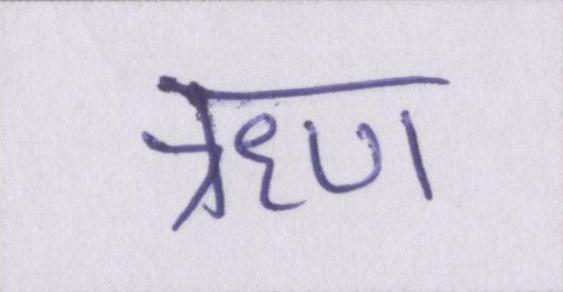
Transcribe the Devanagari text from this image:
ॠण